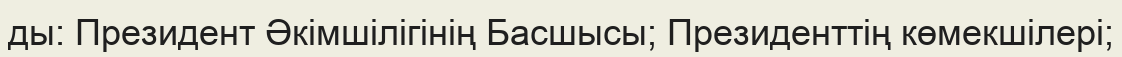
ды: Президент Әкімшілігінің Басшысы; Президенттің көмекшілері;